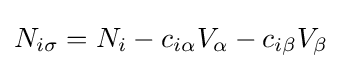
N_{i\sigma }=N_{i}-c_{i\alpha }V_{\alpha }-c_{i\beta }V_{\beta }